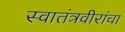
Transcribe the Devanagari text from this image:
स्वातंत्रवीरांचा